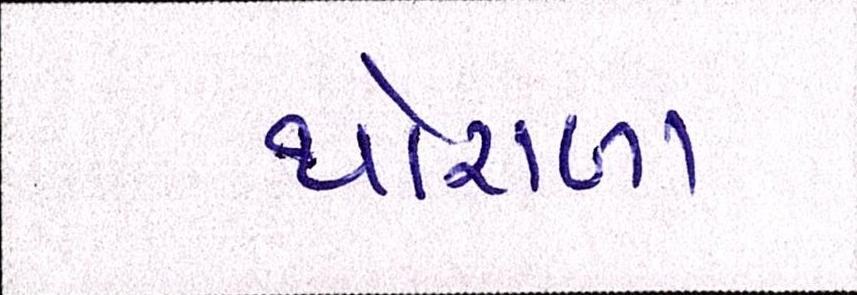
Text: થોરાળા